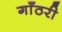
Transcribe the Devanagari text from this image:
गाँठरी